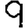
Digit: 9